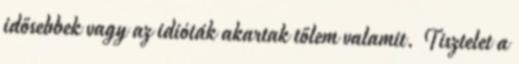
idősebbek vagy az idióták akartak tőlem valamit. Tisztelet a